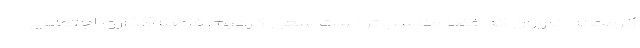
گرمخانه خاوران که فضا مناسب‌تر است سعی کردیم، فاصله‌گذاری اجتماعی